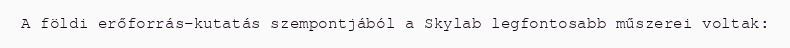
A földi erőforrás-kutatás szempontjából a Skylab legfontosabb műszerei voltak: